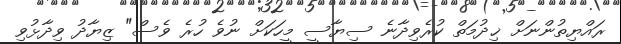
ރައްޔިތުންނަށް ޚިދުމަތް ކުރެވިދާނެ ސިޔާސީ މީހަކަށް ނުވެ ހުރެ ވެސް" ޒިޔާދު ވިދާޅުވި